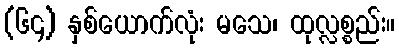
(၆၄) နှစ်ယောက်လုံး မသေ၊ ထုလ္လစ္စည်း။